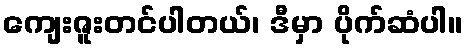
ကျေးဇူးတင်ပါတယ်၊ ဒီမှာ ပိုက်ဆံပါ။